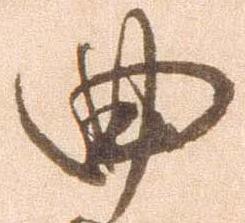
曲